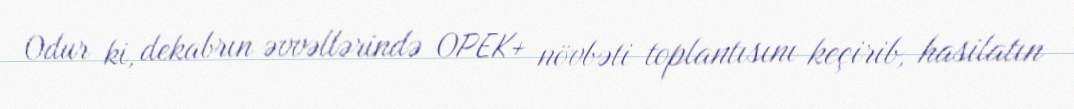
Odur ki, dekabrın əvvəllərində OPEK+ növbəti toplantısını keçirib, hasilatın